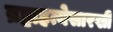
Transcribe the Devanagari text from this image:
ब्रह्महत्येसारखी